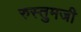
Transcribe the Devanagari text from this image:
रुस्तुमजी